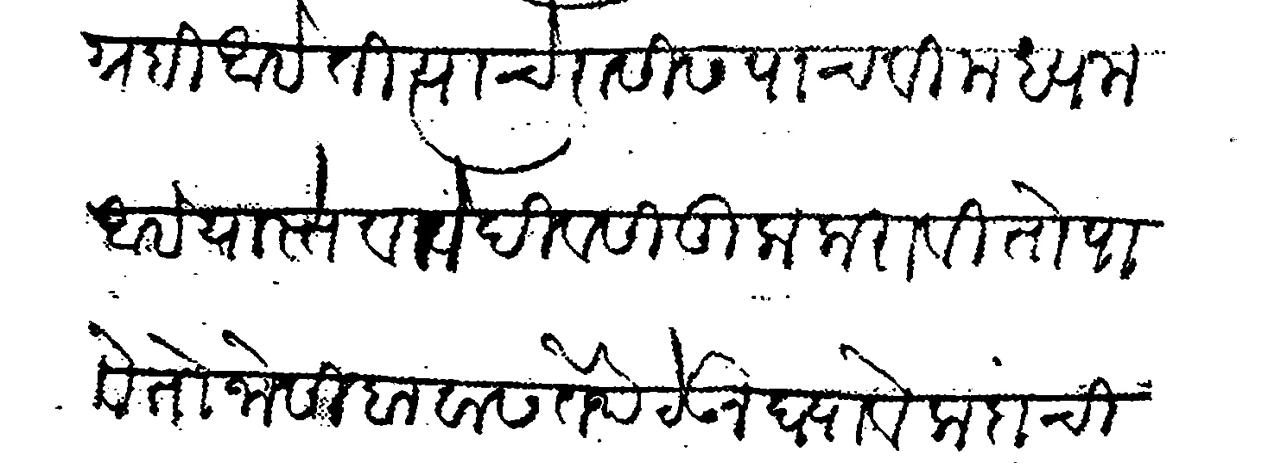
Transliteration (Devanagari): सत्पग्रही आहे ती त्याचे रासीस पाचवी मध्यम आहे यास्तव ते दिवस तुला करावी तो पावेतो जोसी बावास तेथे टेऊन घ्यावे कदाचित